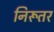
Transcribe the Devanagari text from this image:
निरूतर